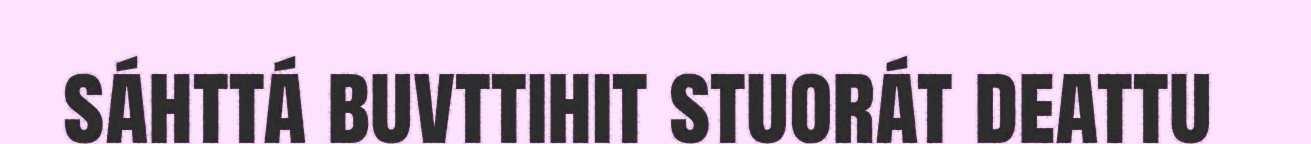
sáhttá buvttihit stuorát deattu